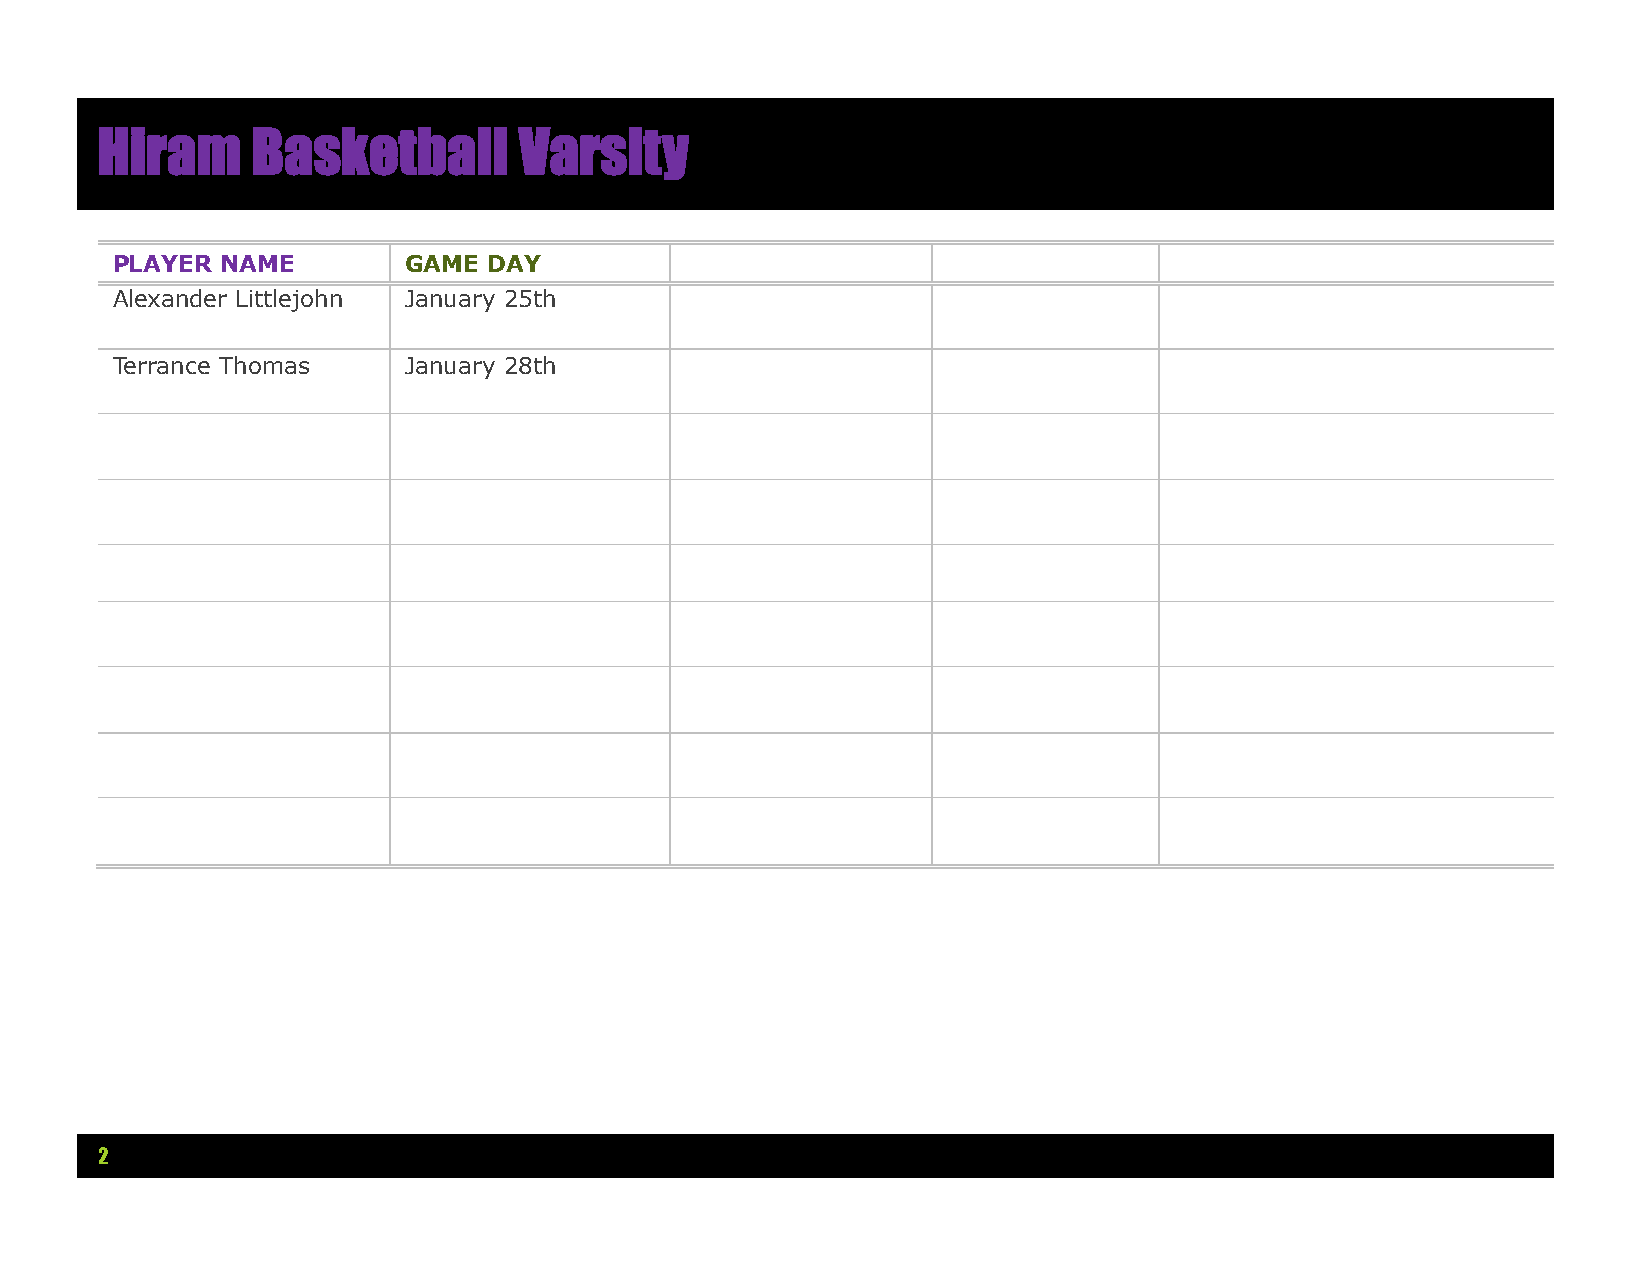
Hiram      Basketball       Varsity
 PLAYER  NAME        GAME DAY
 Alexander Littlejohn January 25th
 Terrance Thomas     January 28th
 2